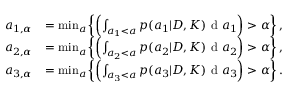
\begin{array} { r l } { a _ { 1 , \alpha } } & { = \operatorname* { m i n } _ { a } \left\{ \left( \int _ { a _ { 1 } < a } p ( a _ { 1 } | D , K ) \textup { d } a _ { 1 } \right) > \alpha \right\} , } \\ { a _ { 2 , \alpha } } & { = \operatorname* { m i n } _ { a } \left\{ \left( \int _ { a _ { 2 } < a } p ( a _ { 2 } | D , K ) \textup { d } a _ { 2 } \right) > \alpha \right\} , } \\ { a _ { 3 , \alpha } } & { = \operatorname* { m i n } _ { a } \left\{ \left( \int _ { a _ { 3 } < a } p ( a _ { 3 } | D , K ) \textup { d } a _ { 3 } \right) > \alpha \right\} . } \end{array}